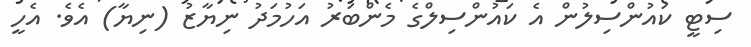
ސިޓީ ކައުންސިލުން އެ ކައުންސިލްގެ މެންބަރު އަހުމަދު ނިޔާޒު (ނިޔާ) އެވެ. އެހީ